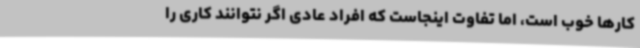
کارها خوب است، اما تفاوت اینجاست که افراد عادی اگر نتوانند کاری را